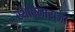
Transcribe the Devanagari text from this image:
स्थापनाराजा